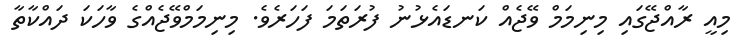
މިއީ ރާއްޖޭގައި މިނިމަމް ވޭޖެއް ކަނޑައެޅުނު ފުރަތަމަ ފަހަރެވެ. މިނިމަމްވޭޖެއްގެ ވާހަކަ ދައްކާތާ